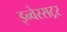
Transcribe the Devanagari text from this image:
इन्वेस्सट्रर